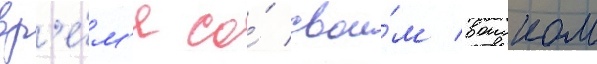
вр'е́м'я со́ свои́м воиском